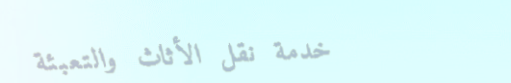
خدمة نقل الأثاث والتعبئة